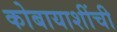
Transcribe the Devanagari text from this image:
कोबायाशींची